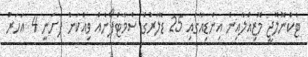
ޓެކްނޮލޮޖީ މޮޒިއްލާއިން އިންޑިއާގައި 25 ޑޮލަރުގެ ސްމާޓްފޯނެއް ވިއްކަން ފަށަނީ 4 އަހަރު